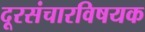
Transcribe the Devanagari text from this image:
दूरसंचारविषयक